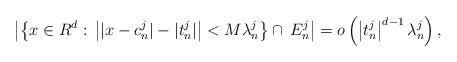
LaTeX: \begin{align*}\left|\left\{x\in R^d:\,\left||x-c^j_n|-|t^j_n|\right|<M\lambda^j_n\right\}\cap\, E^j_n\right|=o\left(\left|t^j_n\right|^{d-1}\lambda^j_n\right),\end{align*}